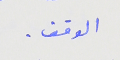
الوقف .